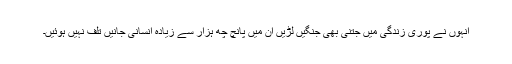
انہوں نے پوری زندگی میں جتنی بھی جنگیں لڑیں ان میں پانچ چھ ہزار سے زیادہ انسانی جانیں تلف نہیں ہوئیں۔